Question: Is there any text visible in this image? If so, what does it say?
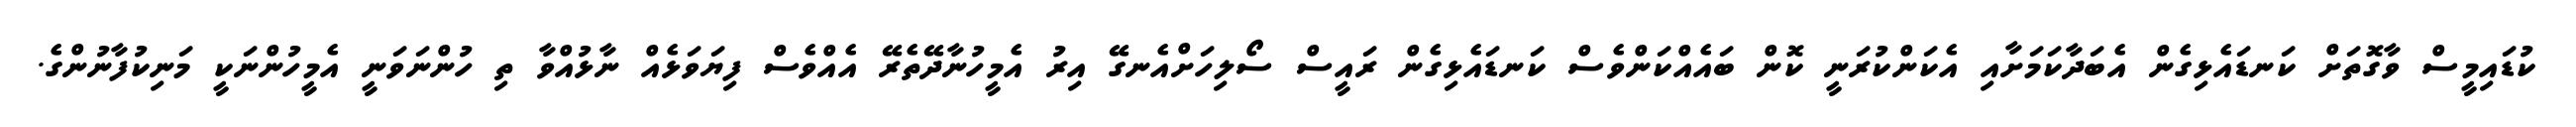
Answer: ކުޑައިމީސް ވާގޮތަށް ކަނޑައެޅިގެން އެބަދާކަމަށާއި އެކަންކުރަނީ ކޮން ބައެއްކަންވެސް ކަނޑައެޅިގެން ރައީސް ސޯލިހަށްއެނގޭ އިރު އެމީހުނާދޭތެރޭ އެއްވެސް ފިޔަވަޅެއް ނާޅުއްވާ ތި ހުންނަވަނީ އެމީހުންނަކީ މަނިކުފާނުންގެ.